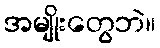
အမျိုးတွေဘဲ။